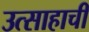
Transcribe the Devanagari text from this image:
उत्साहाची